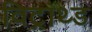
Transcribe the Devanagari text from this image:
विट्राथ्ड